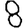
Digit: 8